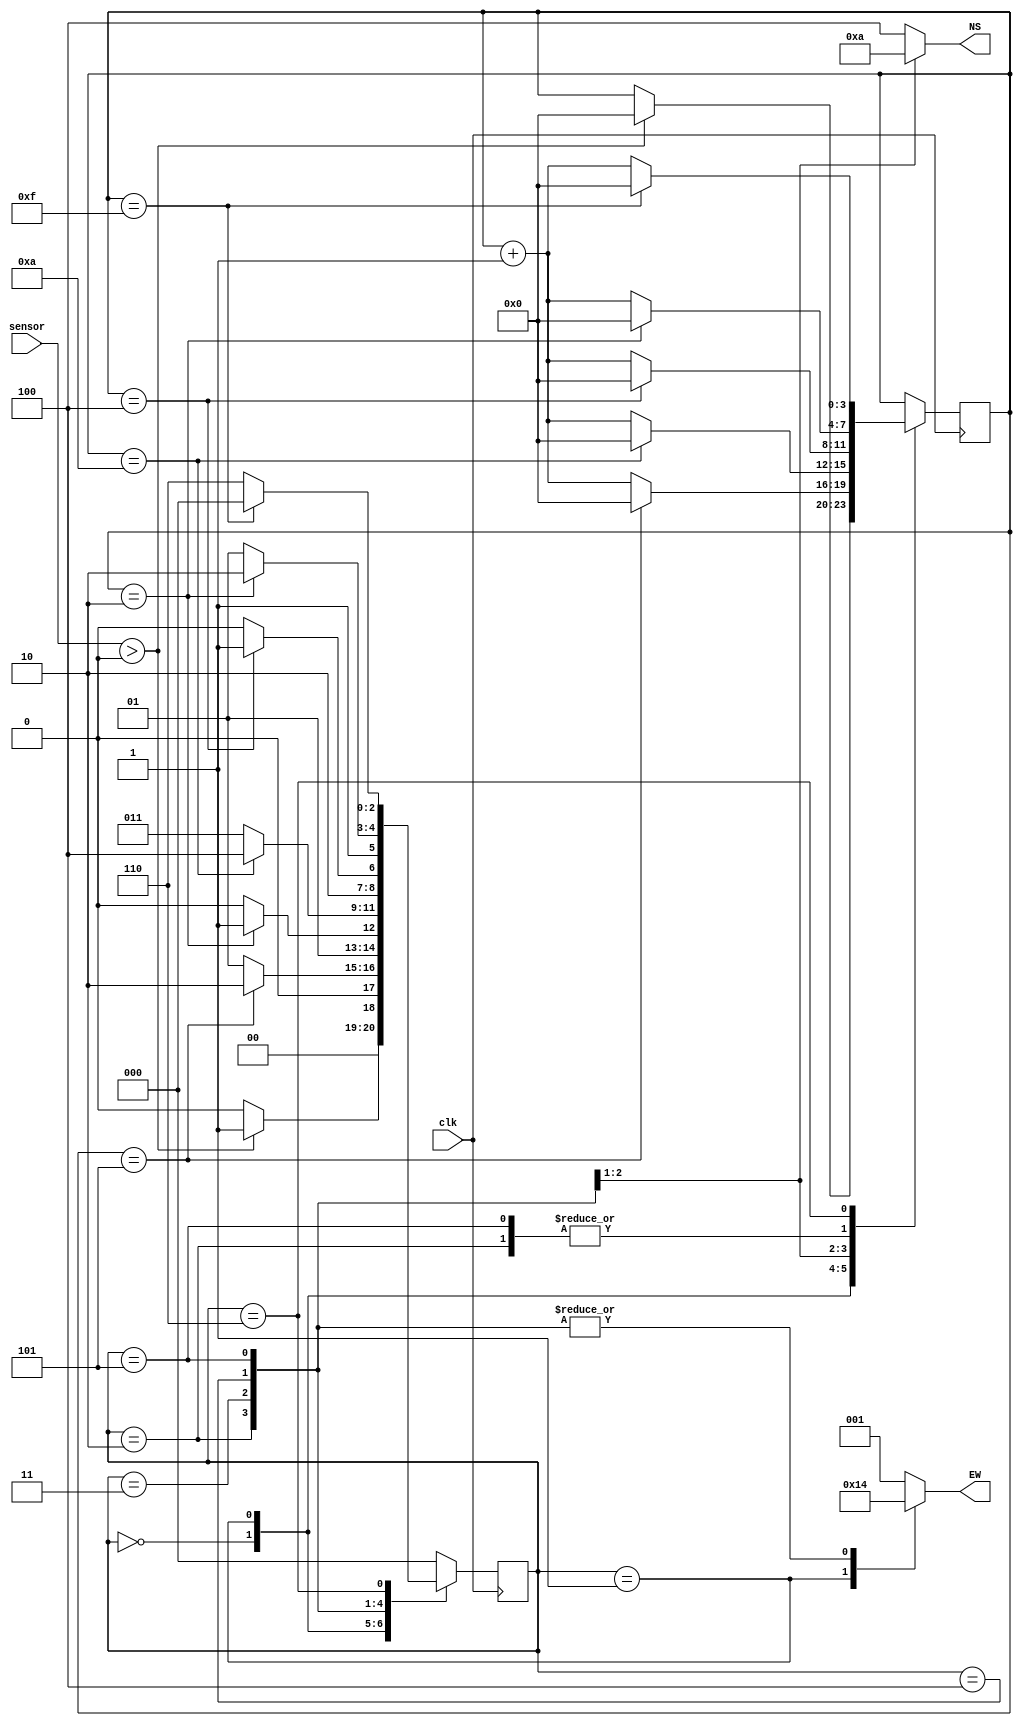
`timescale 1ns / 1ps
//////////////////////////////////////////////////////////////////////////////////
// Company: 
// Engineer: 
// 
// Design Name: 
// Module Name: traffic_light
// Project Name: 
// Target Devices: 
// Tool Versions: 
// Description: 
// 
// Dependencies: 
// 
// Revision:
// Revision 0.01 - File Created
// Additional Comments:
// 
//////////////////////////////////////////////////////////////////////////////////

`define DELAY_2     2
`define DELAY_4     4
`define DELAY_5     5
`define DELAY_10    10
`define DELAY_15    15

module traffic_light
    (
        input       clk,
        input       [1:0] sensor,
        output reg  [2:0] NS,
        output reg  [2:0] EW
    );

    reg [2:0] state;
    parameter [2:0] S0 = 0,                 // NS = R ; EW = G 
                    S1 = 1,                 // NS = R ; EW = Y
                    S2 = 2,                 // NS = R ; EW = R
                    S3 = 3,                 // NS = G ; EW = R
                    S4 = 4,                 // NS = Y ; EW = R
                    S5 = 5,                 // NS = R ; EW = R
                    S6 = 6;                 // NS = R ; EW = G

    reg [3:0] counter;

    always @(posedge clk) begin             // computes state transitions
        case (state)
            S0: begin
                    if (sensor > 0) begin
                        counter <= 0;
                        state <= S1;
                    end else begin
                        state <= S0;
                    end
                end  
            S1: begin
                    counter <= counter + 1;
                    if (counter == `DELAY_5) begin
                        counter <= 0;
                        state <= S2;
                    end else begin
                        state <= S1;
                    end
                end
            S2: begin
                    counter <= counter + 1;
                    if (counter == `DELAY_2) begin
                        counter <= 0;
                        state <= S3;
                    end else begin
                        state <= S2;
                    end                
                end
            S3: begin
                    counter <= counter + 1;
                    if (counter == `DELAY_10) begin
                        counter <=0;
                        state <=S4;
                    end else begin
                        state <=S3;
                    end                
                end
            S4: begin
                    counter <=counter + 1;
                    if (counter == `DELAY_4) begin
                        counter <=0;
                        state <=S5;
                    end else begin
                        state <=S4;
                    end                
                end
            S5: begin
                    counter <=counter + 1;
                    if (counter == `DELAY_2) begin
                        counter <=0;
                        state <=S6;
                    end else begin
                        state <=S5;
                    end                
                end
            S6: begin
                    counter <=counter + 1;
                    if (counter == `DELAY_15) begin
                        counter <=0;
                        state <=S0;
                    end else begin
                        state <=S6;
                    end                
                end
            default:    state <=S0;
        endcase
    end

    always @(*) begin                           // computes output
        case (state)
            S0: begin
                    NS = 3'b100;                //  Red
                    EW = 3'b001;                //  Green
                end             
            S1: begin           
                    NS = 3'b100;                //  Red
                    EW = 3'b010;                //  Yellow
                end         
            S2: begin           
                    NS = 3'b100;                //  Red
                    EW = 3'b100;                //  Red
                end         
            S3: begin           
                    NS = 3'b001;                //  Green
                    EW = 3'b100;                //  Red
                end         
            S4: begin           
                    NS = 3'b010;                //  Yellow
                    EW = 3'b100;                //  Red
                end         
            S5: begin           
                    NS = 3'b100;                //  Red
                    EW = 3'b100;                //  Red
                end         
            S6: begin           
                    NS = 3'b100;                //  Red
                    EW = 3'b001;                //  Green
                end         
            default: begin          
                    NS = 3'b100;                //  Red
                    EW = 3'b001;                //  Green
                end
        endcase
    end

endmodule // traffic_light